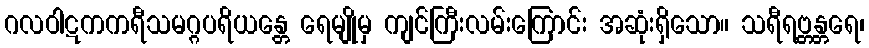
ဂလဝါဋကကရီသမဂ္ဂပရိယန္တေ ရေမျိုမှ ကျင်ကြီးလမ်းကြောင်း အဆုံးရှိသော။ သရီရဗ္တန္တရေ၊